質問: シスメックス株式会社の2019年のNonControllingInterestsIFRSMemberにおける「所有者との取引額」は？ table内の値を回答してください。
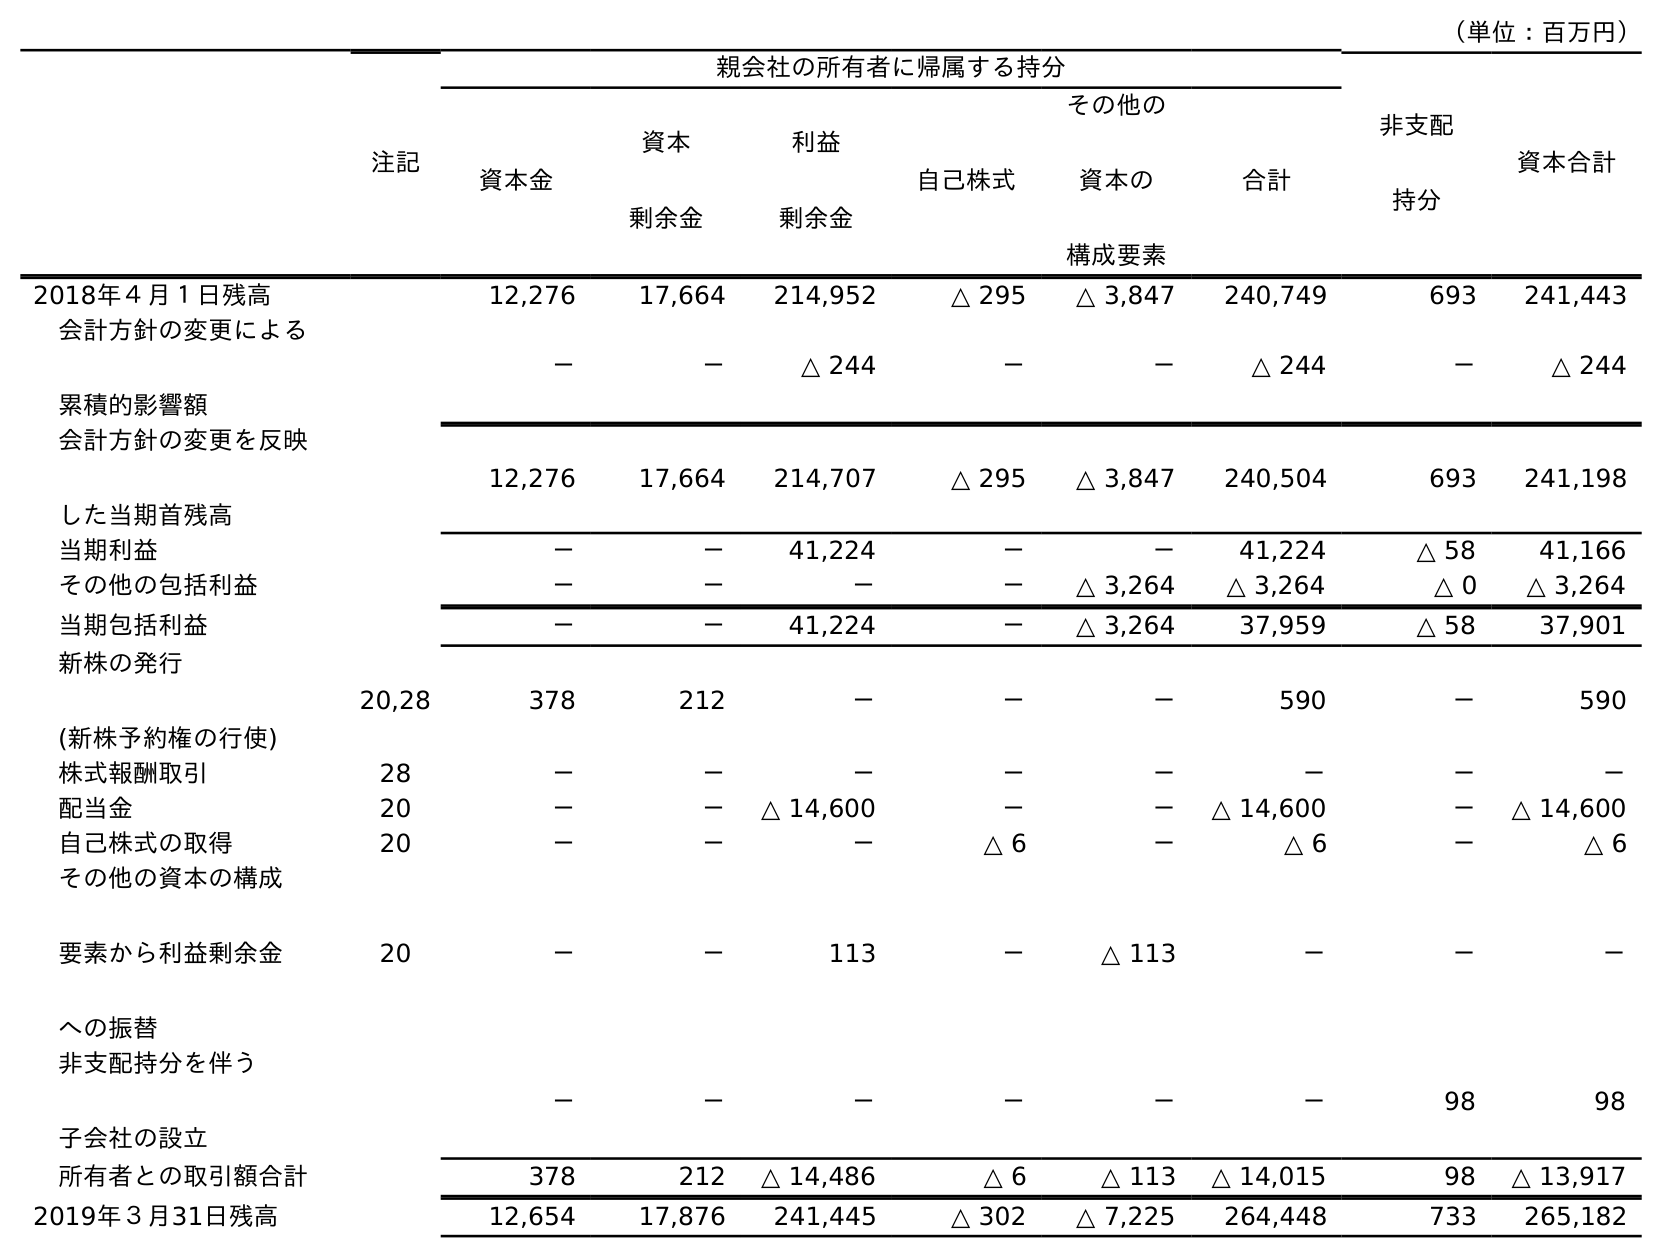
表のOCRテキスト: （単位：百万円） 注記 親会社の所有者に帰属する持分 非支配 持分 資本合計 資本金 資本 剰余金 利益 剰余金 自己株式 その他の 資本の 構成要素 合計 2018年４月１日残高 12,276 17,664 214,952 △ 295 △ 3,847 240,749 693 241,443 会計方針の変更による 累積的影響額 － － △ 244 － － △ 244 － △ 244 会計方針の変更を反映 した当期首残高 12,276 17,664 214,707 △ 295 △ 3,847 240,504 693 241,198 当期利益 － － 41,224 － － 41,224 △ 58 41,166 その他の包括利益 － － － － △ 3,264 △ 3,264 △ 0 △ 3,264 当期包括利益 － － 41,224 － △ 3,264 37,959 △ 58 37,901 新株の発行 (新株予約権の行使) 20,28 378 212 － － － 590 － 590 株式報酬取引 28 － － － － － － － － 配当金 20 － － △ 14,600 － － △ 14,600 － △ 14,600 自己株式の取得 20 － － － △ 6 － △ 6 － △ 6 その他の資本の構成 要素から利益剰余金 への振替 20 － － 113 － △ 113 － － － 非支配持分を伴う 子会社の設立 － － － － － － 98 98 所有者との取引額合計 378 212 △ 14,486 △ 6 △ 113 △ 14,015 98 △ 13,917 2019年３月31日残高 12,654 17,876 241,445 △ 302 △ 7,225 264,448 733 265,182
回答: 98